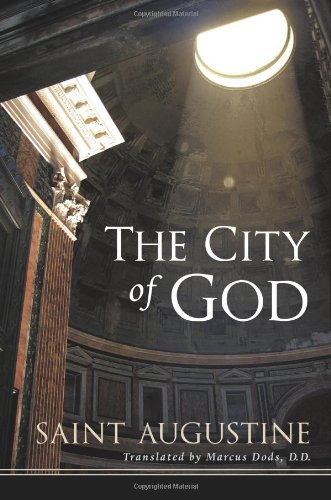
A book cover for The City of God; Saint Augustine of Hippo; Christian Books & Bibles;